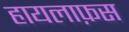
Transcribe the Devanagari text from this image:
हायलाफ़स